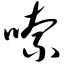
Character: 嗦